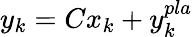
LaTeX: y_{k}=Cx_{k}+y_{k}^{pla}